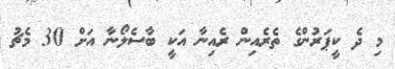
މި ދެ ކީޕަރުންގެ ތެރެއިން ރެއިނާ އަކީ ބާސެލޯނާ އަށް 30 މެޗު